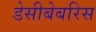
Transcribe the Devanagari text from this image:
डेसीबेबरिस